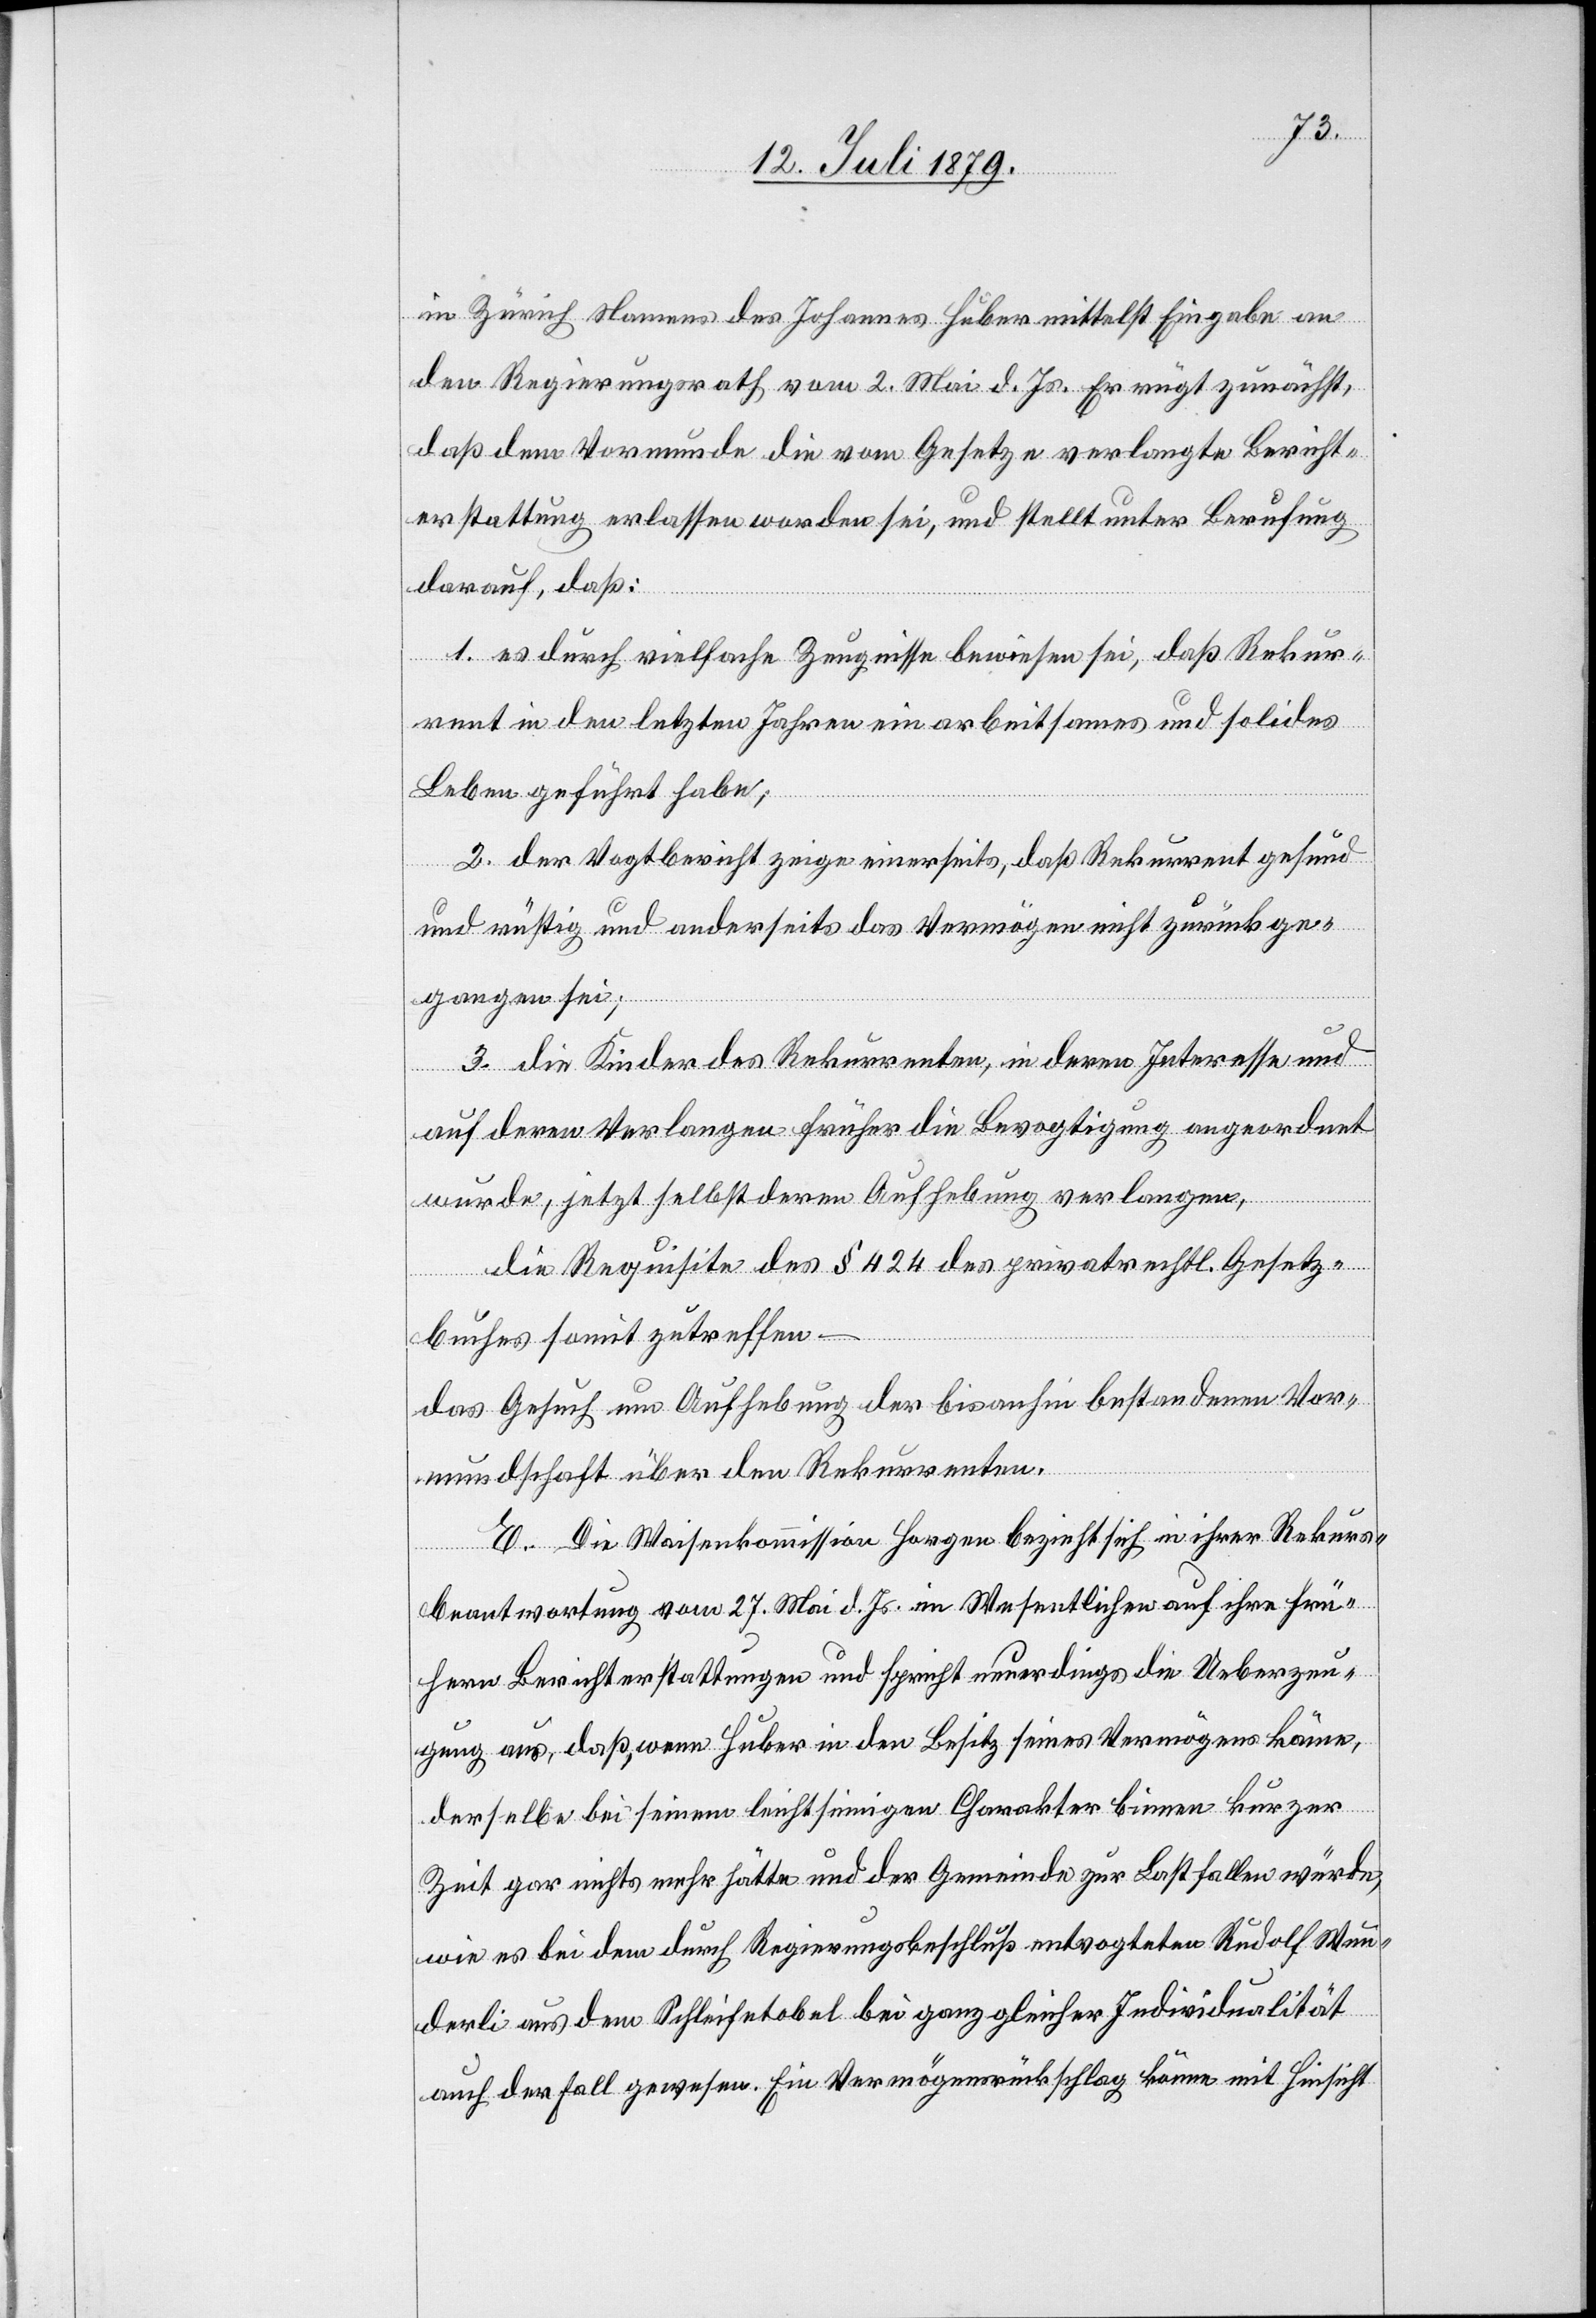
in Zürich Namens des Johannes Huber mittelst Eingabe an
den Regierungsrath vom 2. Mai d. Js. Er rügt zunächst,
daß dem Vormunde die vom Gesetze verlangte Bericht¬
erstattung erlassen worden sei, und stellt unter Berufung
darauf, daß:
1. es durch vielfache Zeugnisse bewiesen sei, daß Rekur¬
rent in den letzten Jahren ein arbeitsames und solides
Leben geführt habe;
2. der Vogtbericht zeige einerseits, daß Rekurrent gesund
und rüstig und anderseits das Vermögen nicht zurück ge¬
gangen sei;
3. die Kinder des Rekurrenten, in deren Interesse und
auf deren Verlangen früher die Bevogtigung angeordnet
wurde, jetzt selbst deren Aufhebung verlangen,
die Requisite des § 424 des privatrechtl. Gesetz¬
buches somit zutreffen –
das Gesuch um Aufhebung der bisanhin bestandenen Vor¬
mundschaft über den Rekurrenten.
E. Die Waisenkommission Horgen bezieht sich in ihrer Rekurs¬
beantwortung vom 27. Mai d. Js. im Wesentlichen auf ihre frü¬
hern Berichterstattungen und spricht neuerdings die Ueberzeu¬
gung aus, daß, wenn Huber in den Besitz seines Vermögens käme,
derselbe bei seinem leichtsinnigen Charakter binnen kurzer
Zeit gar nichts mehr hätte und der Gemeinde zur Last fallen würde,
wie es bei dem durch Regierungsbeschluß entvogteten Rudolf Wun¬
derli aus dem Schleifetobel bei ganz gleicher Individualität
auch der Fall gewesen. Ein Vermögensrückschlag könne mit Hinsicht